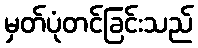
မှတ်ပုံတင်ခြင်းသည်